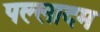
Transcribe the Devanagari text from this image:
पल्लादम